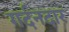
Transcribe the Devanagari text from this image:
गर्दनदार